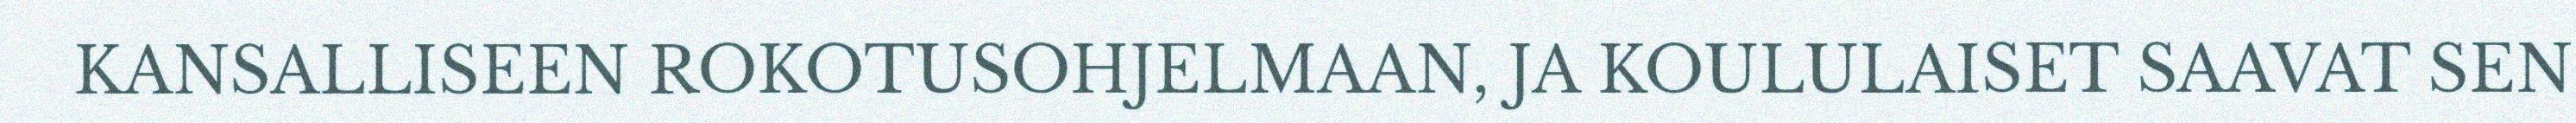
KANSALLISEEN ROKOTUSOHJELMAAN, JA KOULULAISET SAAVAT SEN